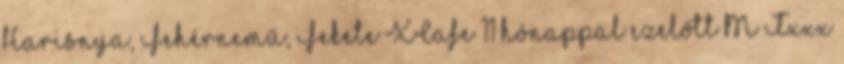
Harisnya, Fehérnemű, Fekete XCafe 11 hónappal ezelőtt M Txxx